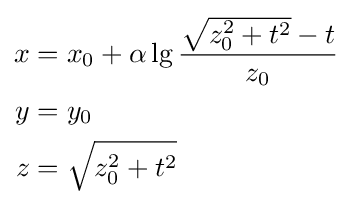
\scriptstyle {\begin{aligned}x&=x_{0}+\alpha \lg {\frac {{\sqrt {z_{0}^{2}+t^{2}}}-t}{z_{0}}}\\y&=y_{0}\\z&={\sqrt {z_{0}^{2}+t^{2}}}\end{aligned}}